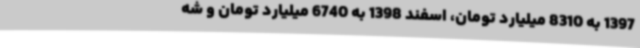
1397 به 8310 میلیارد تومان، اسفند 1398 به 6740 میلیارد تومان و شه